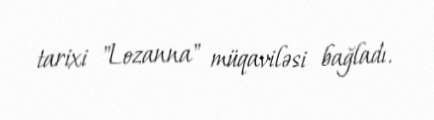
tarixi "Lozanna" müqaviləsi bağladı.